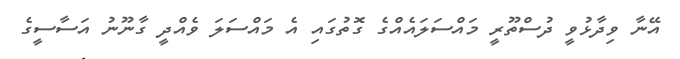
އޭނާ ވިދާޅުވީ ދުސްތޫރީ މައްސަލައެއްގެ ގޮތުގައި އެ މައްސަލަ ވެއްދީ ގާނޫނު އަސާސީގެ